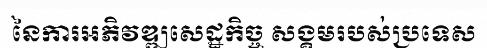
នៃការអភិវឌ្ឍសេដ្ឋកិច្ច សង្គមរបស់ប្រទេស